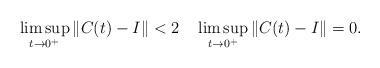
LaTeX: \begin{align*}\limsup_{t\to0^{+}}\|C(t) - I\| <2 \quad \limsup_{t\to0^{+}}\|C(t) - I\| = 0.\end{align*}